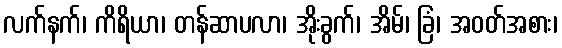
လက်နက်၊ ကိရိယာ၊ တန်ဆာပလာ၊ အိုးခွက်၊ အိမ်၊ ခြံ၊ အဝတ်အစား၊